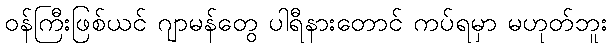
ဝန်ကြီးဖြစ်ယင် ဂျာမန်တွေ ပါရီနားတောင် ကပ်ရမှာ မဟုတ်ဘူး